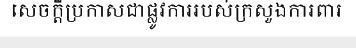
សេចក្តីប្រកាសជាផ្លូវការរបស់ក្រសួងការពារ